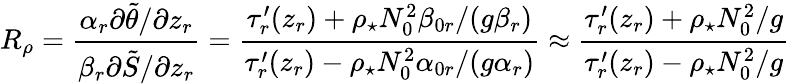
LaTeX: R_{\rho}=\frac{\alpha_{r}\partial\tilde{\theta}/\partial z_{r}}{\beta_{r}\partial\tilde{S}/\partial z_{r}}=\frac{\tau_{r}^{\prime}(z_{r})+\rho_{\star}N_{0}^{2}\beta_{0r}/(g\beta_{r})}{\tau_{r}^{\prime}(z_{r})-\rho_{\star}N_{0}^{2}\alpha_{0r}/(g\alpha_{r})}\approx\frac{\tau_{r}^{\prime}(z_{r})+\rho_{\star}N_{0}^{2}/g}{\tau_{r}^{\prime}(z_{r})-\rho_{\star}N_{0}^{2}/g}